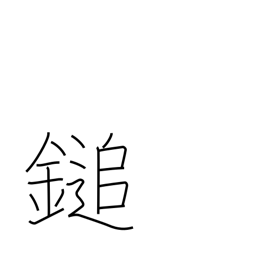
Meaning: mallet